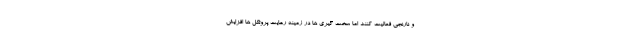
و نارنجی فعالیت کنند اما سخت گیری ها در زمینه رعایت پروتکل ها افزایش